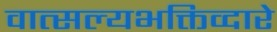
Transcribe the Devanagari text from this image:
वात्सल्यभक्तिव्दारे